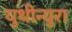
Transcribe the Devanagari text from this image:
युथीन्युरा